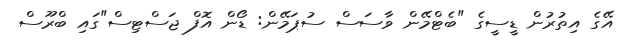
އޭގެ އިތުރުން ޑީސީގެ "ބެޓްމޭން ވާސަސް ސުޕަމޭން: ޑޯން އޮފް ޖަސްޓިސް"ގައި ބްރޫސް